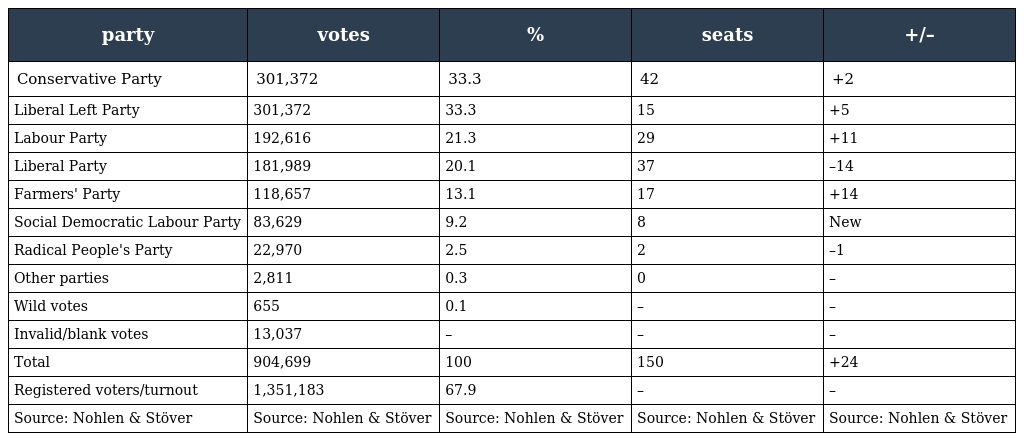
| party | votes | % | seats | +/– |
 | --- | --- | --- | --- | --- |
 | Conservative Party | 301,372 | 33.3 | 42 | +2 |
 | Liberal Left Party | 301,372 | 33.3 | 15 | +5 |
 | Labour Party | 192,616 | 21.3 | 29 | +11 |
 | Liberal Party | 181,989 | 20.1 | 37 | –14 |
 | Farmers' Party | 118,657 | 13.1 | 17 | +14 |
 | Social Democratic Labour Party | 83,629 | 9.2 | 8 | New |
 | Radical People's Party | 22,970 | 2.5 | 2 | –1 |
 | Other parties | 2,811 | 0.3 | 0 | – |
 | Wild votes | 655 | 0.1 | – | – |
 | Invalid/blank votes | 13,037 | – | – | – |
 | Total | 904,699 | 100 | 150 | +24 |
 | Registered voters/turnout | 1,351,183 | 67.9 | – | – |
 | Source: Nohlen & Stöver | Source: Nohlen & Stöver | Source: Nohlen & Stöver | Source: Nohlen & Stöver | Source: Nohlen & Stöver |